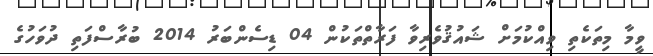
ވީމާ މިތަކެތި ވިއްކުމަށް ޝައުޤުވެރިވާ ފަރާތްތަކުން 04 ޑިސެންބަރު 2014 ބުރާސްފަތި ދުވަހުގެ